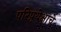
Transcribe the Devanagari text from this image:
परिप्र्येक्षाचे